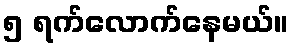
၅ ရက်လောက်နေမယ်။